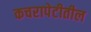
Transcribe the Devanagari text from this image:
कचरापेटीतील